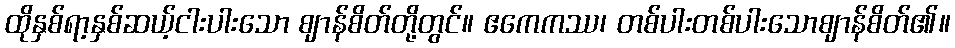
ထိုနှစ်ရာ့နှစ်ဆယ့်ငါးပါးသော ဈာန်စိတ်တို့တွင်။ ဧကေကဿ၊ တစ်ပါးတစ်ပါးသောဈာန်စိတ်၏။